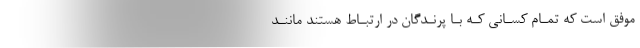
موفق است که تمـام کسـانی کـه بـا پرنـدگان در ارتبـاط هستند ماننـد